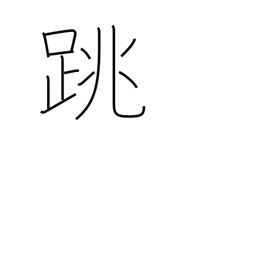
Meaning: leap up